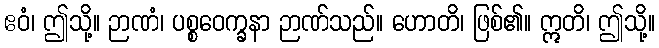
ဧဝံ၊ ဤသို့။ ဉာဏံ၊ ပစ္စဝေက္ခနာ ဉာဏ်သည်။ ဟောတိ၊ ဖြစ်၏။ ဣတိ၊ ဤသို့။